Medical and sanitary report of the native army of Madras for the year
Year: 1878
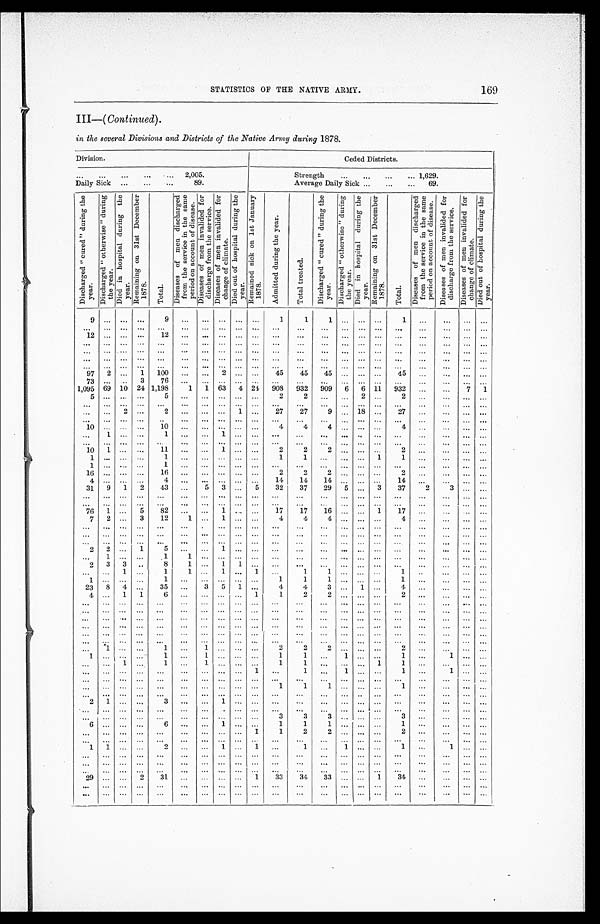
169
STATISTICS OF THE NATIVE ARMY.
III—( Continued).
in the several Divisions and Districts of the Native Army during 1878.
Division.
Ceded Districts.
. . .
2,005.
Strength . . . 1,629.
Daily Sick . . .89.
Average Daily Sick . . . 69.
D i s c h a r g e d " c u r e d " d u r i n g t h e y e a r .
D i s c h a r g e d " o t h e r w i s e " d u r i n g t h e y e a r .
D i e d i n h o s p i t a l d u r i n g t h e y e a r .
R e m a i n i n g o n 3 1 s t D e c e m b e r 1 8 7 8 .
T o t a l .
D i s e a s e s o f m e n d i s c h a r g e d f r o m t h e s e r v i c e i n t h e s a m e p e r i o d o n a c c o u n t o f d i s e a s e .
D i s e a s e s o f m e n i n v a l i d e d f o r d i s c h a r g e f r o m t h e s e r v i c e .
D i s e a s e s o f m e n i n v a l i d e d f o r c h a n g e o f c l i m a t e .
D i e d o u t o f h o s p i t a l d u r i n g t h e y e a r .
R e m a i n e d s i c k o n 1 s t J a n u a r y 1 8 7 8 .
A d m i t t e d d u r i n g t h e y e a r .
T o t a l t r e a t e d .
D i s c h a r g e d " c u r e d " d u r i n g t h e y e a r .
D i s c h a r g e d " o t h e r w i s e " d u r i n g t h e y e a r .
D i e d i n h o s p i t a l d u r i n g t h e y e a r .
R e m a i n i n g o n 3 1 s t D e c e m b e r 1 8 7 8 .
T o t a l .
D i s e a s e s o f m e n d i s c h a r g e d f r o m t h e s e r v i c e i n t h e s a m e p e r i o d o n a c c o u n t o f d i s e a s e .
D i s e a s e s o f m e n i n v a l i d e d f o r d i s c h a r g e f r o m t h e s e r v i c e .
D i s e a s e s o f m e n i n v a l i d e d f o r c h a n g e o f c l i m a t e .
D i e d o u t o f h o s p i t a l d u r i n g t h e y e a r .
9
. . .
. . .
. . .
9
. . .
. . .
. . .
. . .
. . .
1
1
1
. . .
. . .
. . .
1
. . .
. . .
. . .
. . .
. . .
. . .
. . .
. . .
. . .
. . .
. . .
. . .
. . .
. . .
. . .
. . .
. . .
. . .
. . .
. . .
. . .
. . .
. . .
. . .
. . .
12
. . .
. . .
. . .
12
. . .
. . .
. . .
. . .
. . .
. . .
. . .
. . .
. . .
. . .
. . .
. . .
. . .
. . .
. . .
. . .
. . .
. . .
. . .
. . .
. . .
. . .
. . .
. . .
. . .
. . .
. . .
. . .
. . .
. . .
. . . . . .
. . .
. . .
. . .
. . .
. . .
. . .
. . .
. . .
. . .
. . .
. . .
. . .
. . .
. . .
. . .
. . .
. . .
. . .
. . .
. . . . . .
. . .
. . .
. . .
. . .
. . .
. . .
. . .
. . .
. . .
. . .
. . .
. . .
. . .
. . .
. . .
. . .
. . .
. . .
. . .
. . .
. . .
. . .
. . .
. . .
. . .
. . .
. . .
. . .
. . .
. . .
. . .
. . .
. . .
. . .
. . .
. . .
. . .
. . .
. . .
. . .
. . .
. . .
. . .
. . .
. . .
. . .
. . .
97
2
. . .
1
100
. . .
. . .
2
. . .
. . .
45
45
45
. . .
. . . . . .
45
. . .
. . .
. . .
. . .
73
. . .
. . .
3
76
. . .
. . .
. . .
. . .
. . .
. . .
. . .
. . .
. . .
. . .
. . .
. . .
. . .
. . .
. . .
. . .
1,095
69
10
24 1,198
1
1
63
4
24
908
932
909
6
6
11
932
. . .
. . .
7
1
5
. . .
. . .
. . .
5
. . .
. . .
. . .
. . .
. . .
2
2
. . .
. . .
2
. . .
2
. . .
. . .
. . .
. . .
. . .
. . .
. . .
. . .
. . .
. . .
. . .
. . .
. . .
. . .
. . .
. . .
. . .
. . .
. . .
. . .
. . .
. . .
. . .
. . .
. . .
. . .
. . .
2
. . .
2
. . .
. . .
. . .
1
. . .
27
27
9
. . . 18
. . .
27
. . .
. . .
. . .
. . .
. . .
. . .
. . .
. . .
. . .
. . .
. . .
. . .
. . .
. . .
. . .
. . .
. . .
. . .
. . . . . .
. . .
. . .
. . .
. . .
. . .
1 0
. . .
. . .
. . .
10
. . .
. . .
. . .
. . .
. . .
4
4
4
. . .
. . .
. . .
4
. . .
. . .
. . .
. . .
. . .
1
. . .
. . .
1
. . .
. . .
1
. . .
. . .
. . .
. . .
. . .
. . .
. . . . . .
. . .
. . .
. . .
. . .
. . .
. . .
. . .
. . .
. . .
. . .
. . .
. . . . . .
. . .
. . .
. . .
. . .
. . .
. . .
. . .
. . .
. . .
. . .
. . .
. . .
. . .
10
1
. . .
. . .
11
. . .
. . .
1
. . .
. . .
2
2
2
. . . . . .
. . .
2
. . .
. . .
. . .
. . .
1
. . .
. . .
. . .
1
. . .
. . .
. . .
. . .
. . .
1
1
. . .
. . .
. . .
1
1
. . .
. . .
. . .
. . .
1
. . .
. . .
. . .
1
. . .
. . .
. . .
. . .
. . .
. . . . . .
. . .
. . .
. . .
. . .
. . .
. . .
. . .
. . .
. . .
16
. . .
. . .
. . .
16
. . . . . . . . .
. . .
. . .
2
2
2
. . .
. . . . . .
2
. . .
. . .
. . .
. . .
4
. . .
. . .
. . .
4
. . .
. . .
. . .
. . .
. . .
14
14
14
. . .
. . . . . .
14
. . .
. . .
. . .
. . .
31
9
1
2
43
. . .
5
3
. . .
5
32
37
29
5
. . .
3
37
2
3
. . .
. . .
. . .
. . .
. . .
. . .
. . .
. . .
. . .
. . .
. . .
. . .
. . .
. . .
. . .
. . .
. . .
. . .
. . .
. . .
. . .
. . .
. . .
. . .
. . .
. . .
. . .
. . .
. . .
. . .
. . .
. . .
. . .
. . .
. . .
. . .
. . .
. . .
. . .
. . .
. . .
. . .
. . .
. . .
76
1
. . .
5
82
. . .
. . . 1
. . .
. . .
17
17
16
. . .
. . .
1
17
. . .
. . .
. . .
. . .
7
2
. . .
3
12
1
. . .
1
. . .
. . .
4
4
4
. . .
. . .
. . .
4
. . .
. . .
. . .
. . .
. . .
. . .
. . .
. . .
. . .
. . .
. . .
. . .
. . .
. . .
. . .
. . .
. . .
. . .
. . .
. . .
. . .
. . .
. . .
. . .
. . .
. . .
. . .
. . .
. . .
. . .
. . .
. . .
. . .
. . .
. . .
. . .
. . .
. . .
. . .
. . .
. . .
. . .
. . .
. . .
. . .
. . .
. . .
. . .
. . .
. . .
. . .
. . . . . . . . .
. . .
. . .
. . .
. . .
. . .
. . .
. . .
. . .
. . .
. . .
. . .
. . .
. . .
2
2
. . .
1
5
. . .
. . . 1
. . .
. . .
. . .
. . .
. . .
. . .
. . .
. . .
. . .
. . .
. . .
. . .
. . .
. . .
1
. . .
. . .
1
1
. . . . . .
. . .
. . .
. . .
. . .
. . .
. . .
. . .
. . .
. . .
. . .
. . .
. . .
. . .
2
3
3
. . .
8
1
. . .
1
1
. . .
. . .
. . .
. . .
. . .
. . .
. . .
. . .
. . .
. . .
. . .
. . .
. . .
. . .
1
. . .
1
1
. . .
1
. . .
1
. . .
1
1
. . .
. . . . . .
1
. . .
. . .
. . .
. . .
1
. . .
. . .
. . .
1
. . .
. . .
. . .
. . .
. . .
1
1
1
. . .
. . .
. . .
1
. . .
. . .
. . .
. . .
23
8
4
. . .
35
. . .
3
5
1
. . .
4
4
3
. . .
1 . . .
4
. . .
. . .
. . .
. . .
4
. . .
1
1
6
. . . . . .
. . .
. . .
1
1
2
2
. . .
. . .
. . .
2
. . .
. . .
. . .
. . .
. . .
. . .
. . .
. . .
. . .
. . .
. . .
. . .
. . .
. . .
. . .
. . .
. . .
. . .
. . .
. . .
. . .
. . .
. . .
. . .
. . .
. . .
. . .
. . .
. . .
. . .
. . .
. . .
. . .
. . .
. . .
. . .
. . .
. . .
. . .
. . .
. . .
. . .
. . .
. . .
. . .
. . .
. . .
. . .
. . .
. . .
. . .
. . .
. . .
. . .
. . .
. . .
. . .
. . .
. . .
. . .
. . .
. . .
. . .
. . .
. . .
. . .
. . .
. . .
. . .
. . .
. . .
. . .
. . .
. . .
. . .
. . .
. . .
. . .
. . .
. . .
. . .
. . .
. . .
. . .
. . .
. . .
. . .
. . .
. . .
. . .
. . .
. . .
. . .
. . .
. . .
. . .
. . .
. . .
. . .
. . .
. . .
. . .
. . .
. . .
. . .
. . .
. . .
. . .
. . .
. . .
. . .
. . .
. . .
. . .
. . .
. . .
. . .
. . .
. . .
. . .
. . .
. . .
. . .
. . .
. . .
. . .
. . .
. . .
. . .
. . .
. . .
1
. . .
. . .
1
. . . 1
. . .
. . .
. . .
2
2
2
. . .
. . . . . .
2
. . .
. . .
. . .
. . .
1
. . .
. . .
. . .
1
. . .
1
. . .
. . .
. . .
1
1
. . .
1
. . . . . .
1
. . .
1
. . .
. . .
. . .
. . .
1
. . .
1
. . .
1
. . .
. . .
. . .
1
1
. . .
. . .
. . .
1
1
. . . . . .
. . .
. . .
. . .
. . .
. . .
. . .
. . .
. . .
. . . . . .
. . .
1
. . .
1
. . .
1
. . .
. . .
1
. . .
1
. . .
. . .
. . .
. . .
. . .
. . .
. . .
. . .
. . .
. . .
. . .
. . .
. . .
. . .
. . .
. . .
. . .
. . .
. . .
. . .
. . .
. . .
. . .
. . .
. . .
. . .
. . .
. . .
. . .
. . .
. . .
. . .
. . .
1
1
1
. . .
. . .
. . .
1
. . .
. . .
. . .
. . .
. . .
. . .
. . .
. . .
. . .
. . .
. . .
. . .
. . .
. . .
. . .
. . .
. . .
. . .
. . .
. . .
. . .
. . .
. . .
. . .
. . .
2
1
. . .
. . .
3
. . .
. . .
1
. . .
. . .
. . .
. . .
. . .
. . .
. . .
. . .
. . .
. . .
. . .
. . .
. . .
. . .
. . .
. . .
. . .
. . .
. . .
. . .
. . .
. . .
. . .
. . .
. . .
. . .
. . .
. . .
. . .
. . .
. . .
. . .
. . .
. . .
. . .
. . .
. . .
. . .
. . .
. . .
. . .
. . .
. . .
. . .
3
3
3
. . .
. . .
. . .
3
. . .
. . .
. . .
. . .
6
. . .
. . .
. . .
6
. . .
. . .
1
. . .
. . .
1
1
1
. . .
. . .
. . .
1
. . .
. . .
. . .
. . .
. . .
. . .
. . .
. . .
. . .
. . .
. . .
. . . . . .
1
1
2
2
. . .
. . .
. . .
2
. . .
. . .
. . .
. . .
. . .
. . .
. . .
. . .
. . .
. . .
. . .
. . .
. . .
. . .
. . .
. . .
. . .
. . .
. . .
. . .
. . .
. . .
. . .
. . .
. . .
1
1
. . .
. . .
2
. . .
. . .
1
. . .
1
. . .
1
. . .
1
. . .
. . .
1
. . .
1
. . .
. . .
. . .
. . .
. . .
. . .
. . .
. . .
. . .
. . .
. . .
. . .
. . .
. . .
. . .
. . .
. . .
. . .
. . .
. . .
. . .
. . .
. . .
. . .
. . .
. . .
. . .
. . .
. . .
. . .
. . .
. . .
. . .
. . .
. . .
. . .
. . .
. . .
. . .
. . .
. . .
. . .
. . .
. . .
. . .
. . .
. . .
. . .
. . .
. . .
. . .
. . .
. . .
. . .
. . .
. . .
. . .
. . .
. . .
. . .
. . .
. . .
. . .
. . .
. . .
29
. . .
. . .
2
31
. . .
. . .
. . .
. . .
1
33
34
33
. . .
. . .
1
34
. . .
. . .
. . .
. . .
. . .
. . .
. . .
. . .
. . .
. . .
. . . . . . . . .
. . .
. . .
. . .
. . .
. . .
. . .
. . .
. . .
. . .
. . .
. . .
. . .
. . .
. . .
. . .
. . .
. . .
. . .
. . .
. . .
. . .
. . .
. . .
. . .
. . .
. . .
. . .
. . .
. . .
. . .
. . .
. . .
. . .